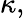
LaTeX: \kappa,